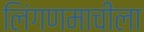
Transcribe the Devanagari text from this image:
लिंगणमाचीला